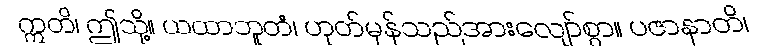
ဣတိ၊ ဤသို့။ ယထာဘူတံ၊ ဟုတ်မှန်သည်အားလျော်စွာ။ ပဇာနာတိ၊